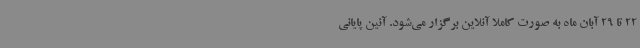
22 تا 29 آبان ماه به صورت کاملا آنلاین برگزار می‌شود. آئین پایانی